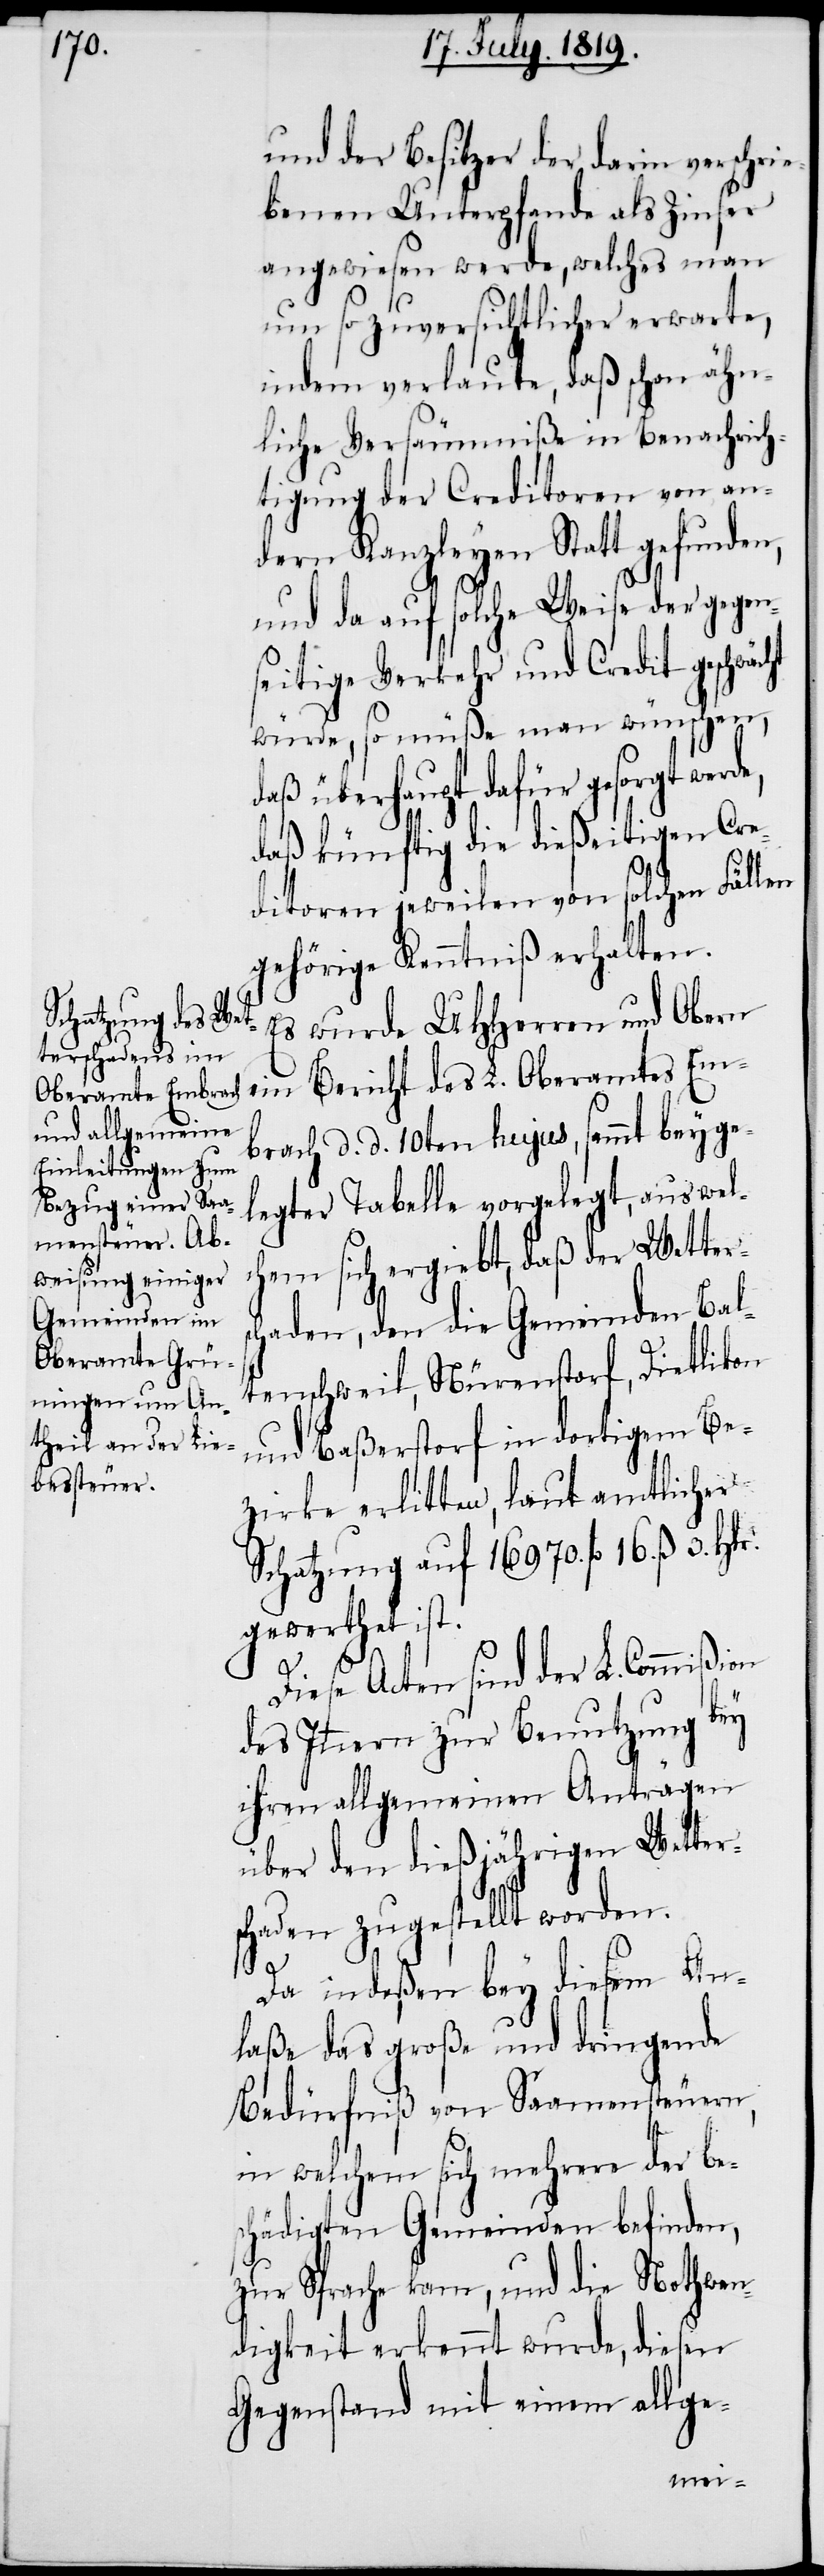
und der Besitzer der darin verschrie¬
benen Unterpfande als Zinser
angewiesen werde, welches man
um so zuversichtlicher erwarte,
indem verlaute, daß schon ähn¬
liche Versäumniße in Benachrich¬
tigung der Creditoren von an¬
dern Kanzleyen Statt gefunden,
und da auf solche Weise der gegen¬
seitige Verkehr und Credit geschwä¬
cht würde, so müße man wünschen,
daß überhaupt dafür gesorgt werde,
daß künftig die dießeitigen Cre¬
ditoren jeweilen von solchen Fällen
gehörige Kenntniß erhalten.
Es wurde UHHerren und Obern
ein Bericht des L. Oberamtes Em¬
brach d. d. 10ten hujus, sammt beyge¬
legter Tabelle vorgelegt, aus welc¬
hem sich ergiebt, daß der Wetters¬
chaden, den die Gemeinden Bal¬
tenschweil, Nürenstorf, Dietlikon
und Baßerstorf in dortigem Be¬
zirke erlitten, laut amtlicher
Schatzung auf 16970. fl. 16. ß 3. Hlr.
gewerthet ist.
Diese Acten sind der L. Commißion
des Innern zur Benutzung bey
ihren allgemeinen Anträgen
über den dießjährigen Wetter¬
schaden zugestellt worden.
Da indeßen bey diesem An¬
laße das große und dringende
Bedürfniß von Saamensteuern,
in welchem sich mehrere der Be¬
schädigten Gemeinden befinden,
zur Sprache kam, und die Nothwen¬
digkeit erkennt wurde, diesen
Gegenstand mit einem allge-